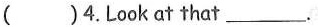
( )4.Look at that ___.